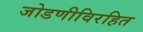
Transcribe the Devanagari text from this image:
जोडणीविरहित